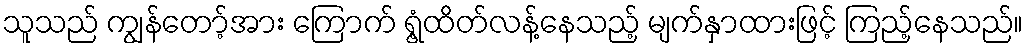
သူသည် ကျွန်တော့်အား ကြောက် ရွံ့ထိတ်လန့်နေသည့် မျက်နှာထားဖြင့် ကြည့်နေသည်။